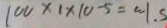
1 0 0 \times 1 \times 1 0 - 5 = w 1 . 5